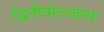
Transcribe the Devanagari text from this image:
द्वितीयोऽध्यायः